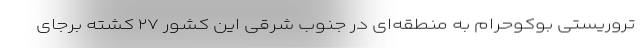
تروریستی بوکوحرام به منطقه‌ای در جنوب شرقی این کشور ۲۷ کشته برجای